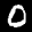
Label: 0